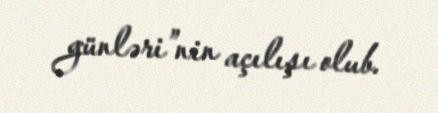
günləri”nin açılışı olub.